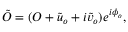
\begin{array} { r } { \tilde { O } = ( O + \tilde { u } _ { o } + i \tilde { v } _ { o } ) e ^ { i \phi _ { o } } , } \end{array}